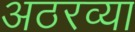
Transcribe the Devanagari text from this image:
अठरव्या